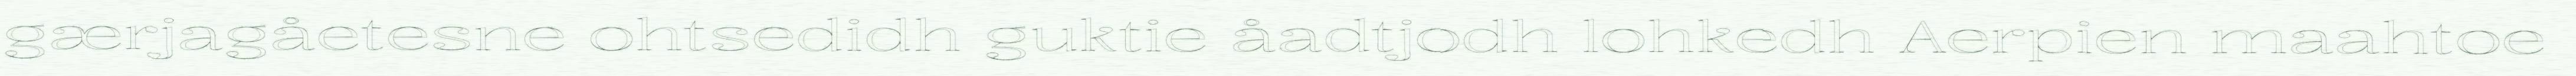
gærjagåetesne ohtsedidh guktie åadtjodh lohkedh Aerpien maahtoe